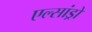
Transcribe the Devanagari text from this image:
एल्‍सांड्रो